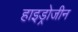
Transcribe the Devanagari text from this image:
हाइड्रोजीन